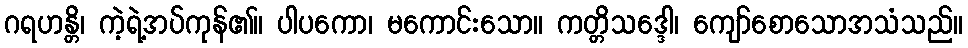
ဂရဟန္တိ၊ ကဲ့ရဲ့အပ်ကုန်၏။ ပါပကော၊ မကောင်းသော။ ကတ္တိသဒ္ဒေါ၊ ကျော်စောသောအသံသည်။